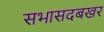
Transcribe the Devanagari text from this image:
सभासदबखर